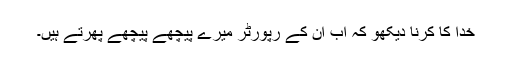
خدا کا کرنا دیکھو کہ اب ان کے رپورٹر میرے پیچھے پیچھے پھرتے ہیں۔